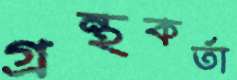
গ্রন্থকর্তা